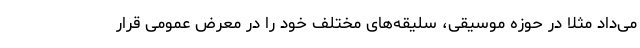
می‌داد مثلا در حوزه موسیقی، سلیقه‌های مختلف خود را در معرض عمومی قرار